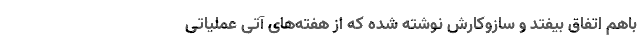
باهم اتفاق بیفتد و سازوکارش نوشته شده که از هفته‌های آتی عملیاتی